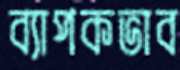
ব্যাপকভাব